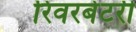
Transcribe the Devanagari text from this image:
रिवरबेटरी